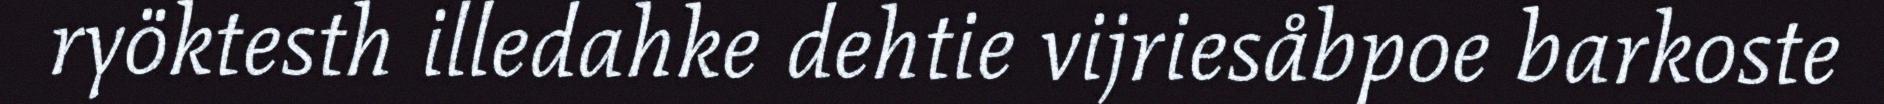
ryöktesth illedahke dehtie vijriesåbpoe barkoste